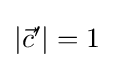
{\textstyle \left|{\vec {c}}'\right|=1}